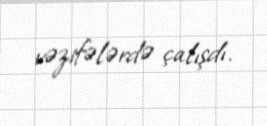
vəzifələrdə çalışdı.